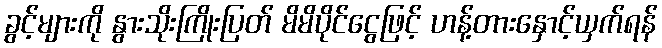
ခွင့်များကို နွားသိုးကြိုးပြတ် မိမိပိုင်ငွေဖြင့် ဟန့်တားနှောင့်ယှက်ရန်